Civil Veterinary Dept. Assam report 1911-1927 - 1911-1927
Year: 1911
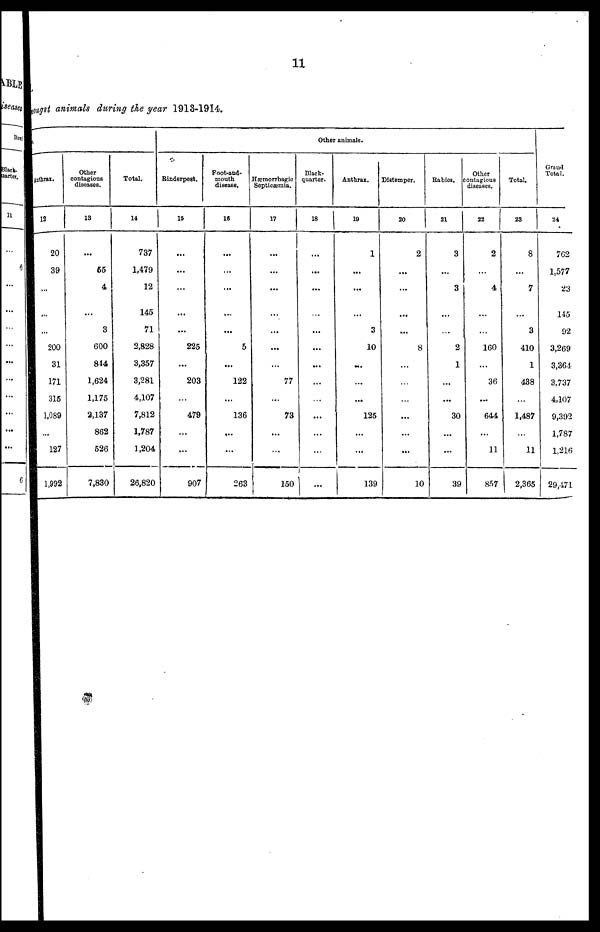
11
mongest animals during the year 1913-1914.
Anthrax.
12
20
39
...
…
…
200
31
171
315
1,089
...
127
1,992
Other
contagious
diseases.
13
…
65
4
...
3
600
844
1,624
1,175
2,137
862
526
7,830
Total.
14
737
1,479
12
145
71
2,828
3,357
3,281
4,107
7,812
1,787
1,204
26,820
Other animals.
Rinderpest.
15
…
...
...
...
...
225
...
203
...
479
...
...
907
Foot-and-
mouth
disease.
16
…
...
...
...
...
5
...
122
...
136
...
...
263
Hæmorrtmgic
Septicæmia.
17
…
...
...
...
...
...
...
77
...
73
...
...
150
Black-
quarter.
18
…
...
...
…
...
...
...
...
…
...
...
…
…
Anthrax.
19
1
...
...
...
3
10
...
...
...
125
...
...
139
Distemper.
20
2
...
...
...
...
8
...
…
...
...
...
...
10
Babies
21
3
...
3
...
…
2
1
...
...
30
...
...
39
Other
Contagious
diseases.
22
2
…
4
...
...
160
...
36
...
644
...
11
857
Total.
23
8
...
7
…
3
410
1
438
...
1,487
...
11
2,365
Grand
Total.
24
762
1,577
23
145
92
3,269
3,364
3,737
4,107
9,392
1,787
1,216
29,471